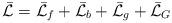
LaTeX: \begin{align*}\bar{\cal L} = \bar{\cal L}_f + \bar{\cal L}_b + \bar{\cal L}_g+ \bar{\cal L}_G\end{align*}